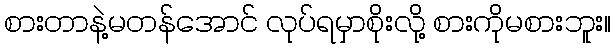
စားတာနဲ့မတန်အောင် လုပ်ရမှာစိုးလို့ စားကိုမစားဘူး။